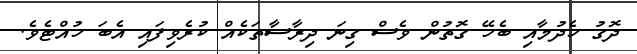
ދޮގު ހެދުމާއި ބެހޭ ގޮތުން ވެސް ގިނަ ދިރާސާތަކެއް ކުރެވިފައި އެބަ ހުއްޓެވެ.